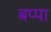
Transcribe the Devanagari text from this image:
बप्‍पा